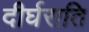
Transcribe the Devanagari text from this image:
दीर्घराति